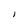
Character: I